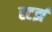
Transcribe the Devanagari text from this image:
स्टर्झ